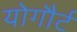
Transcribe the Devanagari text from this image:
योगौर्ट